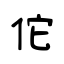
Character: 佗